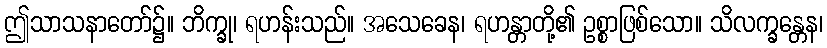
ဤသာသနာတော်၌။ ဘိက္ခု၊ ရဟန်းသည်။ အသေခေန၊ ရဟန္တာတို့၏ ဥစ္စာဖြစ်သော။ သိလက္ခန္တေန၊